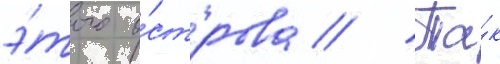
э́того о́строва // Та́к